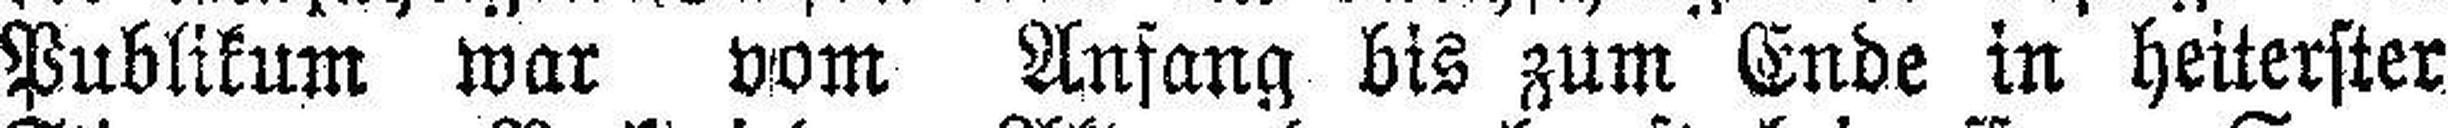
Publikum war vom Anfang bis zum Ende in heiterster